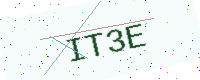
Text: IT3E